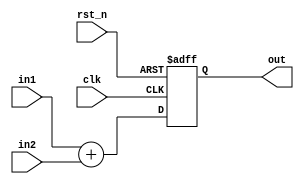
/**
----------------------------------------------------------------
Module Name  : adder32
----------------------------------------------------------------
**/

module adder32(
	input clk ,
	input rst_n ,
	
	input signed [31:0] in1 ,
	input signed [31:0] in2 ,
	
	output signed [31:0] out
);

	reg signed [32:0] result33bit ;
	assign out = result33bit[31:0] ;

	always@(posedge clk or negedge rst_n)
	begin
		if(!rst_n)
			result33bit <= 33'h0 ;
		else
			result33bit <= in1 + in2 ;
	end

endmodule